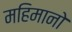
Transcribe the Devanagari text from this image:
महिमानो